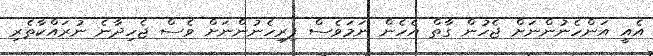
އެއީ އަންހެނުންނަށް ޖެހުން ގާތް އެހެން ނަމަވެސް ފިރިހެނުންނަށް ވެސް ޖެހިދާނެ ނުރައްކާތެރި